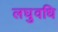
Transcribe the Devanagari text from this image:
लघुवधि